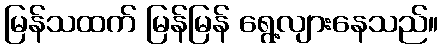
မြန်သထက် မြန်မြန် ရွေ့လျားနေသည်။